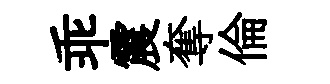
乖震奪倫